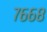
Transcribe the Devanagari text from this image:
७६६८